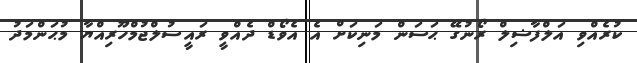
ކުރެއްވި އަލްފާޟިލް ރޯނުގޭ ޙަސަން މަނިކަށް އެ އެވޯޑް ދެއްވީ ރައީސުލްޖުމްހޫރިއްޔާ މުޙަންމަދު